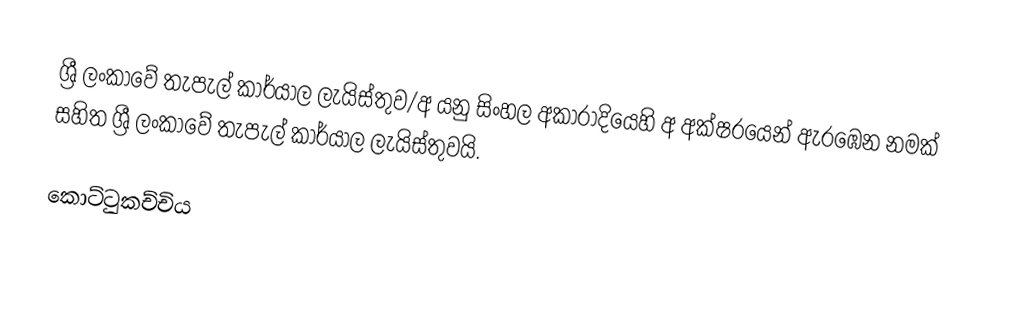
ශ්‍රී ලංකාවේ තැපැල් කාර්යාල ලැයිස්තුව/අ යනු සිංහල අකාරාදියෙහි අ අක්ෂරයෙන් ඇරඹෙන නමක් සහිත ශ්‍රී ලංකාවේ තැපැල් කාර්යාල ලැයිස්තුවයි.

කොට්ටුකච්චිය